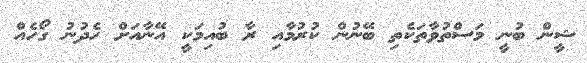
ޝީން ބުނީ މަސްތުވާތަކެތި ބޭނުން ކުރުމާއި ރާ ބުއިމަކީ އޭނާއަށް ހެދުނު ގޯހެއް